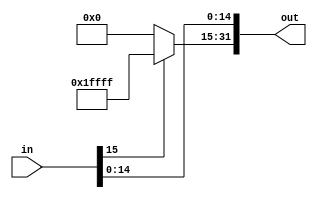
module signExtend(
	input [15:0] in,
	output[31:0] out
	);
	
	// Preenche os primeiros bits de sinal
	assign out[31:15] = (in[15] == 1'b1)? 17'b11111111111111111 : 17'b00000000000000000;  
	
	// Copia os bits restantes
	assign out[14:0] = in[14:0];
	
endmodule